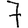
Digit: 7